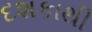
દશકાથી